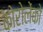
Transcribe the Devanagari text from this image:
कोरोलेंको